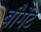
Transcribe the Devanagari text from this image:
बौर्गेट